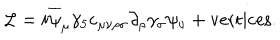
{ \cal L } = i \overline { { { \psi } } } _ { \mu } \gamma _ { 5 } \varepsilon _ { \mu \nu \rho \sigma } \partial _ { \rho } \gamma _ { \sigma } \psi _ { \nu } + \mathrm { v e r t i c e s . }